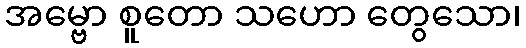
အမ္ဗော စူတော သဟော တွေသော၊